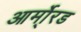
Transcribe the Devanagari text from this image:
आर्मो्रड